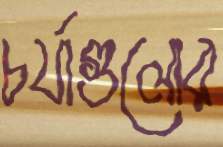
চর্যাগুলোর